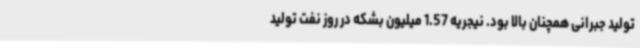
تولید جبرانی همچنان بالا بود. نیجریه 1.57 میلیون بشکه در روز نفت تولید